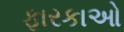
ફારકાઓ